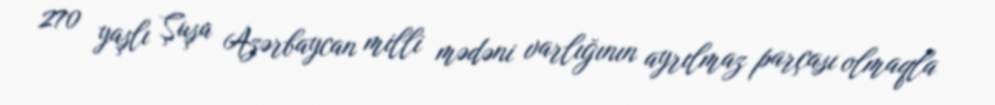
270 yaşlı Şuşa Azərbaycan milli mədəni varlığının ayrılmaz parçası olmaqla